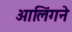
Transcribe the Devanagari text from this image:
आलिंगने